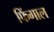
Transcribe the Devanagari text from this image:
फिंगाल